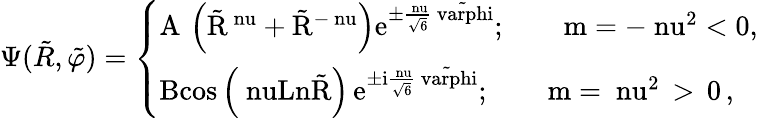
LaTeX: \Psi(\tilde{R},\tilde{\varphi})=\left\{ \begin{array}{l}{{\mathrm{A\, \left(\tilde{R}^{\ nu}+\tilde{R}^{-\ nu}\right)e^{\pm\frac{\ nu}{\sqrt{6}}\tilde{\ varphi}}};\qquad\mathrm{m=-\ nu^{2}<0,}}}\\ {{\mathrm{Bcos\left(\ nuLn\tilde{R}\right)\, e^{\pm i\frac{\ nu}{\sqrt{6}}\tilde{\ varphi}}};\qquad\mathrm{m=\ nu^{2}}\, >\, 0\, ,}}\end{array}\right.